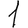
Digit: 1